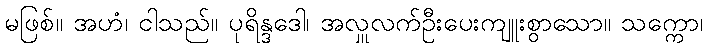
မဖြစ်။ အဟံ၊ ငါသည်။ ပုရိန္ဒဒေါ၊ အလှူလက်ဦးပေးကျူးစွာသော။ သက္ကော၊